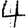
Digit: 4